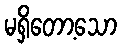
မရှိတော့သော